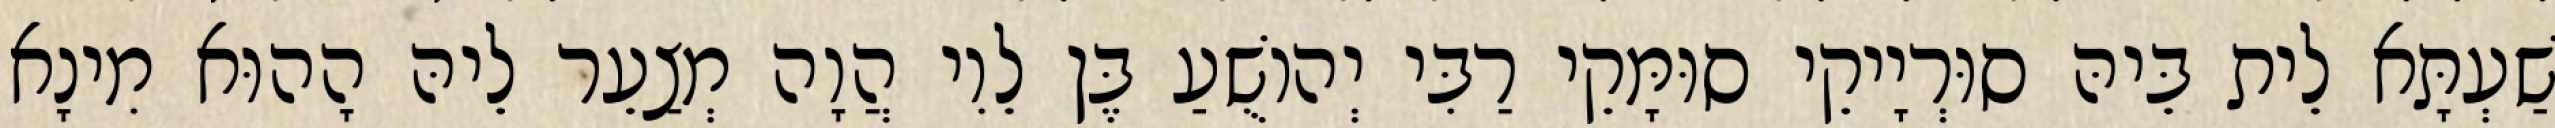
שַׁעְתָּא לֵית בֵּיהּ סוּרְיָיקֵי סוּמָּקֵי רַבִּי יְהוֹשֻׁעַ בֶּן לֵוִי הֲוָה מְצַעֵר לֵיהּ הָהוּא מִינָא